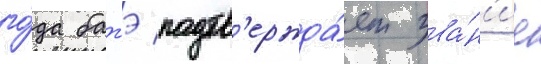
го́да батэ подтв'ержда́ет зва́н'ие